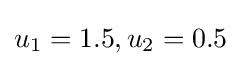
u_{1}=1.5,u_{2}=0.5